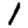
Digit: 1